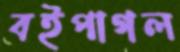
বইপাগল